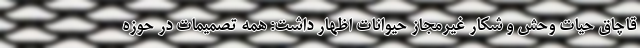
قاچاق حیات وحش و شکار غیرمجاز حیوانات اظهار داشت: همه تصمیمات در حوزه